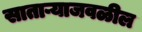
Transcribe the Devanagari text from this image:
साताऱ्याजवळील